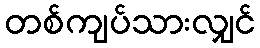
တစ်ကျပ်သားလျှင်